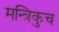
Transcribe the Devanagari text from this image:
मन्त्रिकुच